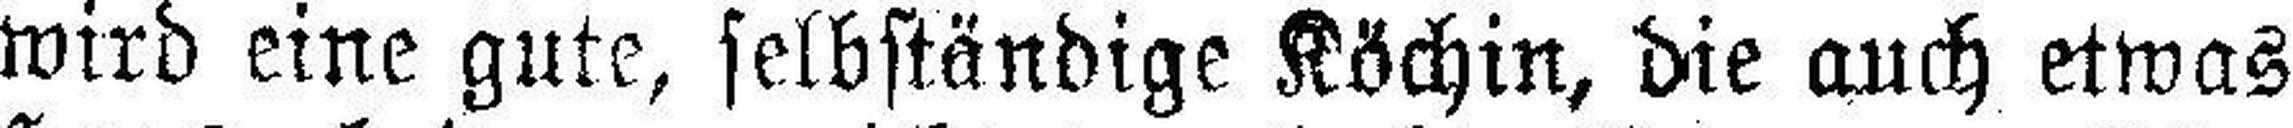
wird eine gute, selbständige Köchin, die auch etwas